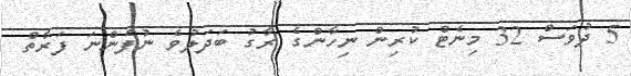
5 ދުވަސް 32 މިނެޓް ކުރިން ނިހާންގެ ރާގު ބަދަލުވެ ނުފެންނަ ފަރާތް